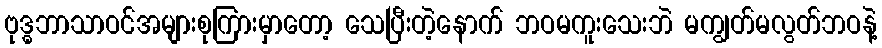
ဗုဒ္ဓဘာသာဝင်အများစုကြားမှာတော့ သေပြီးတဲ့နောက် ဘဝမကူးသေးဘဲ မကျွတ်မလွတ်ဘဝနဲ့